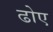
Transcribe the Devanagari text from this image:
ढोए